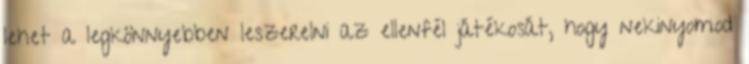
lehet a legkönnyebben leszerelni az ellenfél játékosát, hogy nekinyomod